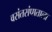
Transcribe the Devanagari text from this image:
वसंतसंपाताला